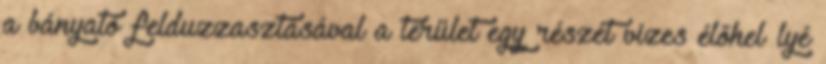
a bányató felduzzasztásával a terület egy részét vizes élőhel�lyé